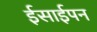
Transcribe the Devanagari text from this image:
ईसाईपन